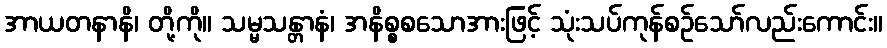
အာယတနာနိ၊ တို့ကို။ သမ္မသန္တာနံ၊ အနိစ္စစသောအားဖြင့် သုံးသပ်ကုန်စဉ်သော်လည်းကောင်း။